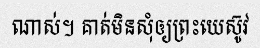
ណាស់។ គាត់មិនសុំឲ្យព្រះយេស៊ូវ